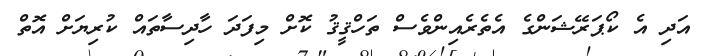
އަދި އެ ކޯޕަރޭޝަންގެ އެތެރެއިންވެސް ތަހްޤީޤު ކޮށް މިފަދަ ހާދިސާތައް ކުރިޔަށް އޮތް